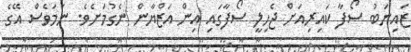
ޒައިނަބު ސޯފާ ކައިރިއަށް ޖެހިލީ ސޯފާގައި އިން އަޒްޔާން ނެގުމަށެވެ. ނަމަވެސް އޭގެ